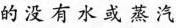
的没有水或蒸汽